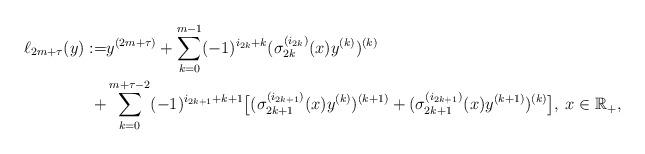
LaTeX: \begin{align*} \ell_{2m+\tau}(y) := & y^{(2m + \tau)} + \sum_{k = 0}^{m-1} (-1)^{i_{2k} + k} (\sigma_{2k}^{(i_{2k})}(x) y^{(k)})^{(k)} \\ + & \sum_{k = 0}^{m + \tau - 2} (-1)^{i_{2k+1} + k + 1} \bigl[(\sigma_{2k+1}^{(i_{2k+1})}(x) y^{(k)})^{(k+1)} + (\sigma_{2k+1}^{(i_{2k+1})}(x) y^{(k+1)})^{(k)}\bigr], \: x \in \mathbb R_+,\end{align*}